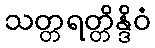
သတ္တရတ္တိန္ဒိဝံ